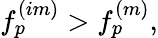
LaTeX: f_{p}^{(im)}>f_{p}^{(m)},